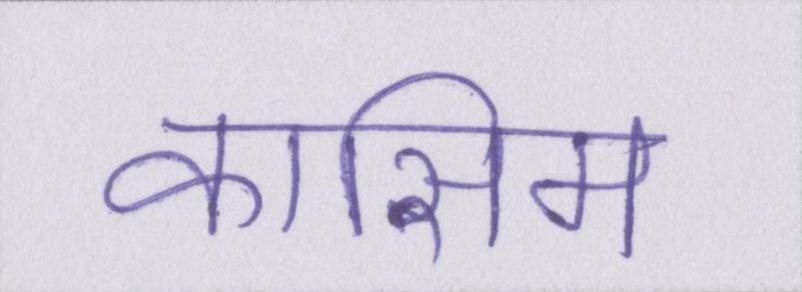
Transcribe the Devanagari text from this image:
कासिम